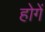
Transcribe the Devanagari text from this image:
होगेंं